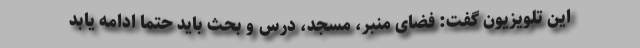
این تلویزیون گفت: فضای منبر، مسجد، درس و بحث باید حتما ادامه یابد